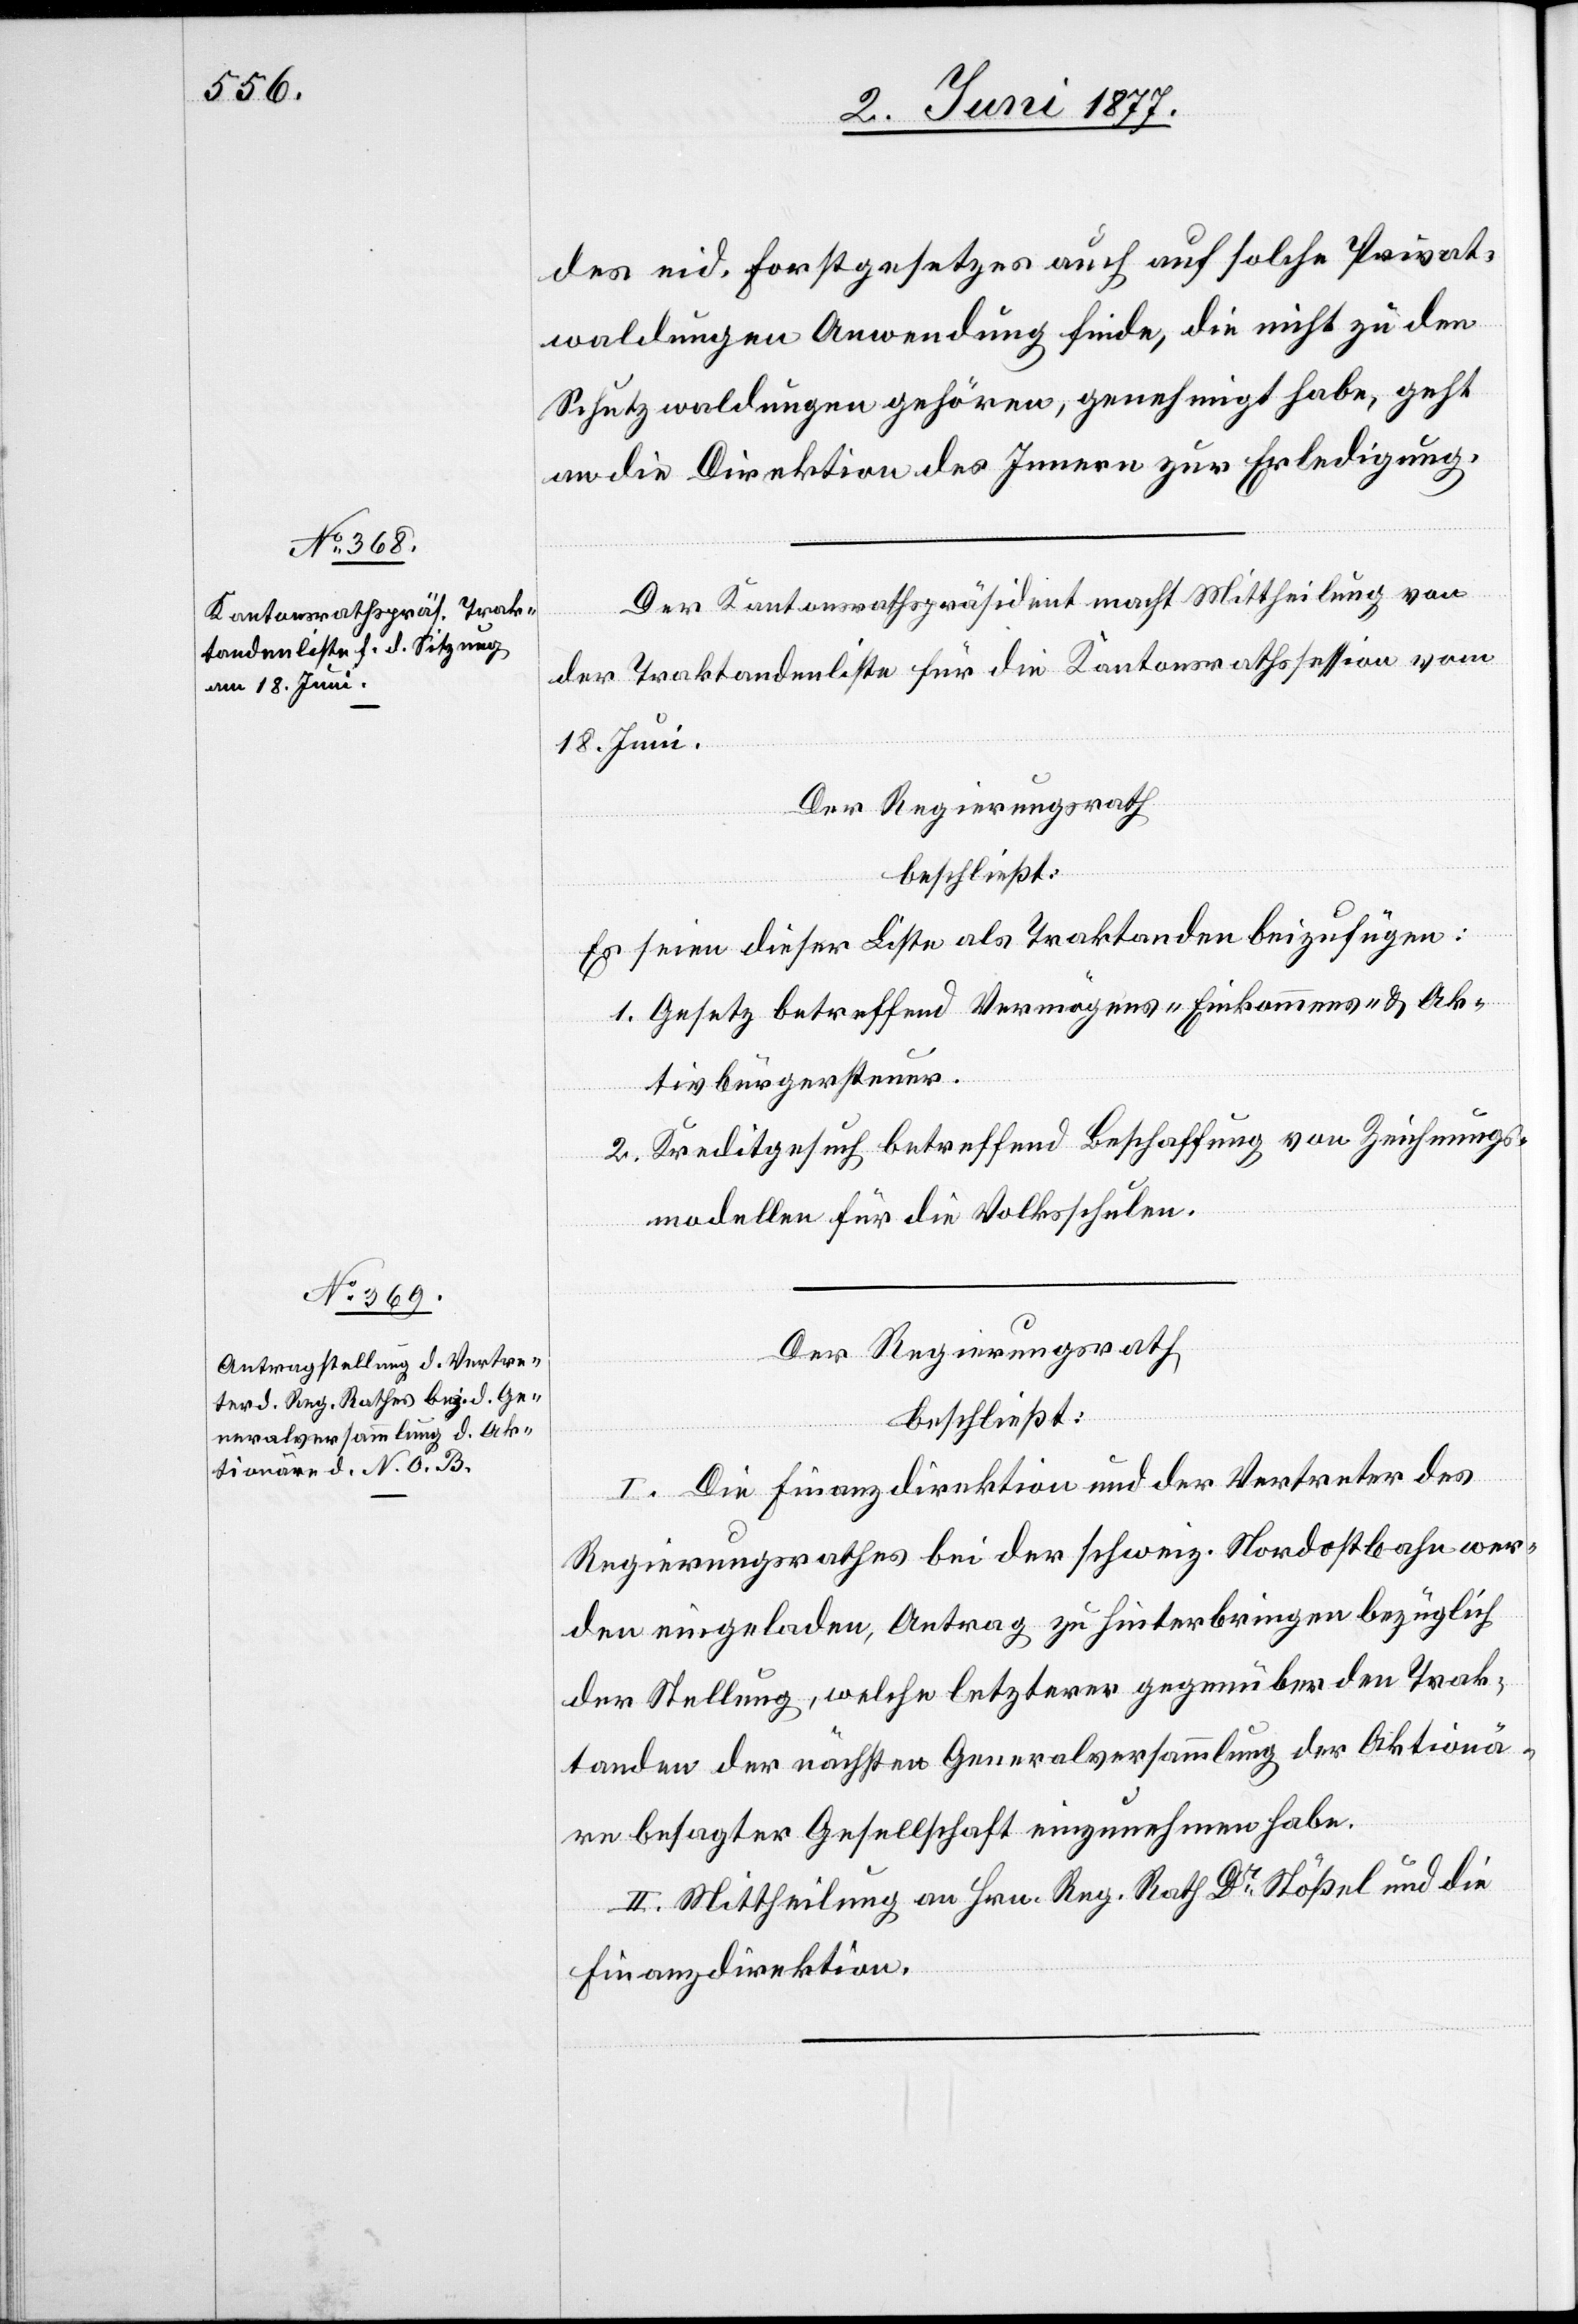
des eid. Forstgesetzes auch auf solche Privat¬
waldungen Anwendung finde, die nicht zu den
Schutzwaldungen gehören, genehmigt habe, geht
an die Direktion des Innern zur Erledigung.
Der Kantonsrathspräsident macht Mittheilung von
der Traktandenliste für die Kantonsrathssession vom
18. Juni.
Der Regierungsrath
beschließt:
Es seien dieser Liste als Traktanden beizufügen:
1. Gesetz betreffend Vermögens- Einkommens- & Ak¬
tivbürgersteuer.
2. Kreditgesuch betreffend Beschaffung von Zeichnungs¬
modellen für die Volksschulen.
Der Regierungsrath
beschließt:
I. Die Finanzdirektion und der Vertreter des
Regierungsrathes bei der schweiz. Nordostbahn wer¬
den eingeladen, Antrag zu hinterbringen bezüglich
der Stellung, welche letzterer gegenüber den Trak¬
tanden der nächsten Generalversammlung der Aktionä¬
re besagter Gesellschaft einzunehmen habe.
II. Mittheilung an Hrn. Reg. Rath Dr Stößel und die
Finanzdirektion.